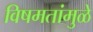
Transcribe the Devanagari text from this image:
विषमतांमुळे